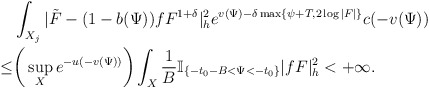
\begin{align*}&\int_{X_j}|\tilde{F}-(1-b(\Psi))fF^{1+\delta}|_{h}^2e^{v(\Psi)-\delta \max\{\psi+T,2\log|F|\}}c(-v(\Psi))\\\le &\bigg(\sup_{X}e^{-u(-v(\Psi))}\bigg)\int_{X}\frac{1}{B}\mathbb{I}_{\{-t_0-B<\Psi<-t_0\}} |fF|^2_h<+\infty.\end{align*}